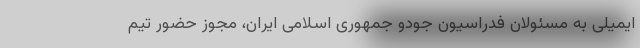
ایمیلی به مسئولان فدراسیون جودو جمهوری اسلامی ایران، مجوز حضور تیم